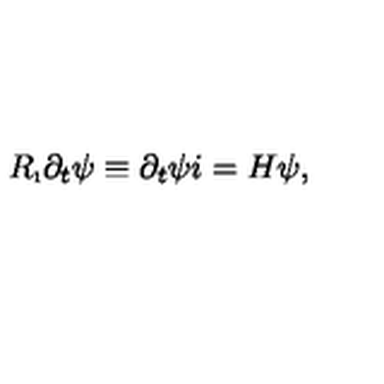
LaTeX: R _ { \i } \partial _ { t } \psi \equiv \partial _ { t } \psi i = H \psi ,